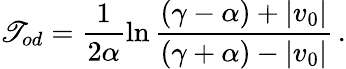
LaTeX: \mathscr{T}_{od}=\frac{{1}}{{2\alpha}}\ln\frac{{(\gamma-\alpha)+|v_{0}|}}{{(\gamma+\alpha)-|v_{0}|}}\, .